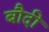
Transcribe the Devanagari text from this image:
बौदी